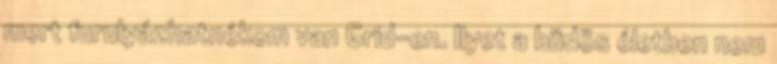
mert furulyázhatnékom van Grid-en. Ilyet a büdös életben nem